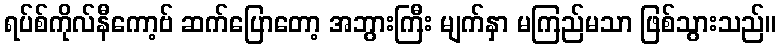
ရပ်စ်ကိုလ်နီကော့ဗ် ဆက်ပြောတော့ အဘွားကြီး မျက်နှာ မကြည်မသာ ဖြစ်သွားသည်။